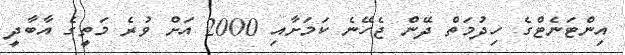
އިންޓަނެޓްގެ ހިދުމަތް ދޭން ޖެހޭނެ ކަމަށާއި 2000 އަށް ވުރެ މަތީގެ އާބާދީ